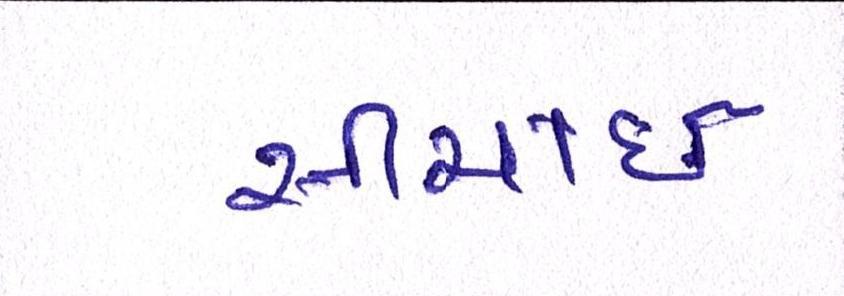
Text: સીંચાઇ